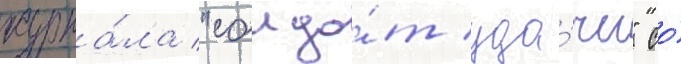
журна́ла "солда́т уда́чи" со́